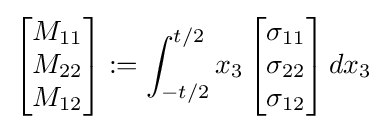
{\begin{bmatrix}M_{11}\\M_{22}\\M_{12}\end{bmatrix}}:=\int _{-t/2}^{t/2}x_{3}\,{\begin{bmatrix}\sigma _{11}\\\sigma _{22}\\\sigma _{12}\end{bmatrix}}\,dx_{3}